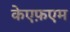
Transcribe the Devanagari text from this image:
केएफ़एम